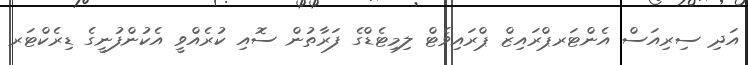
އަދި ސިރިއަސް އެންޓަރޕްރައިޒް ޕްރައިވެޓް ލިމިޓެޑްގެ ފަރާތުން ސޮއި ކުރެއްވީ އެކުންފުނީގެ ޑިރެކްޓަރ